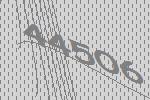
44506